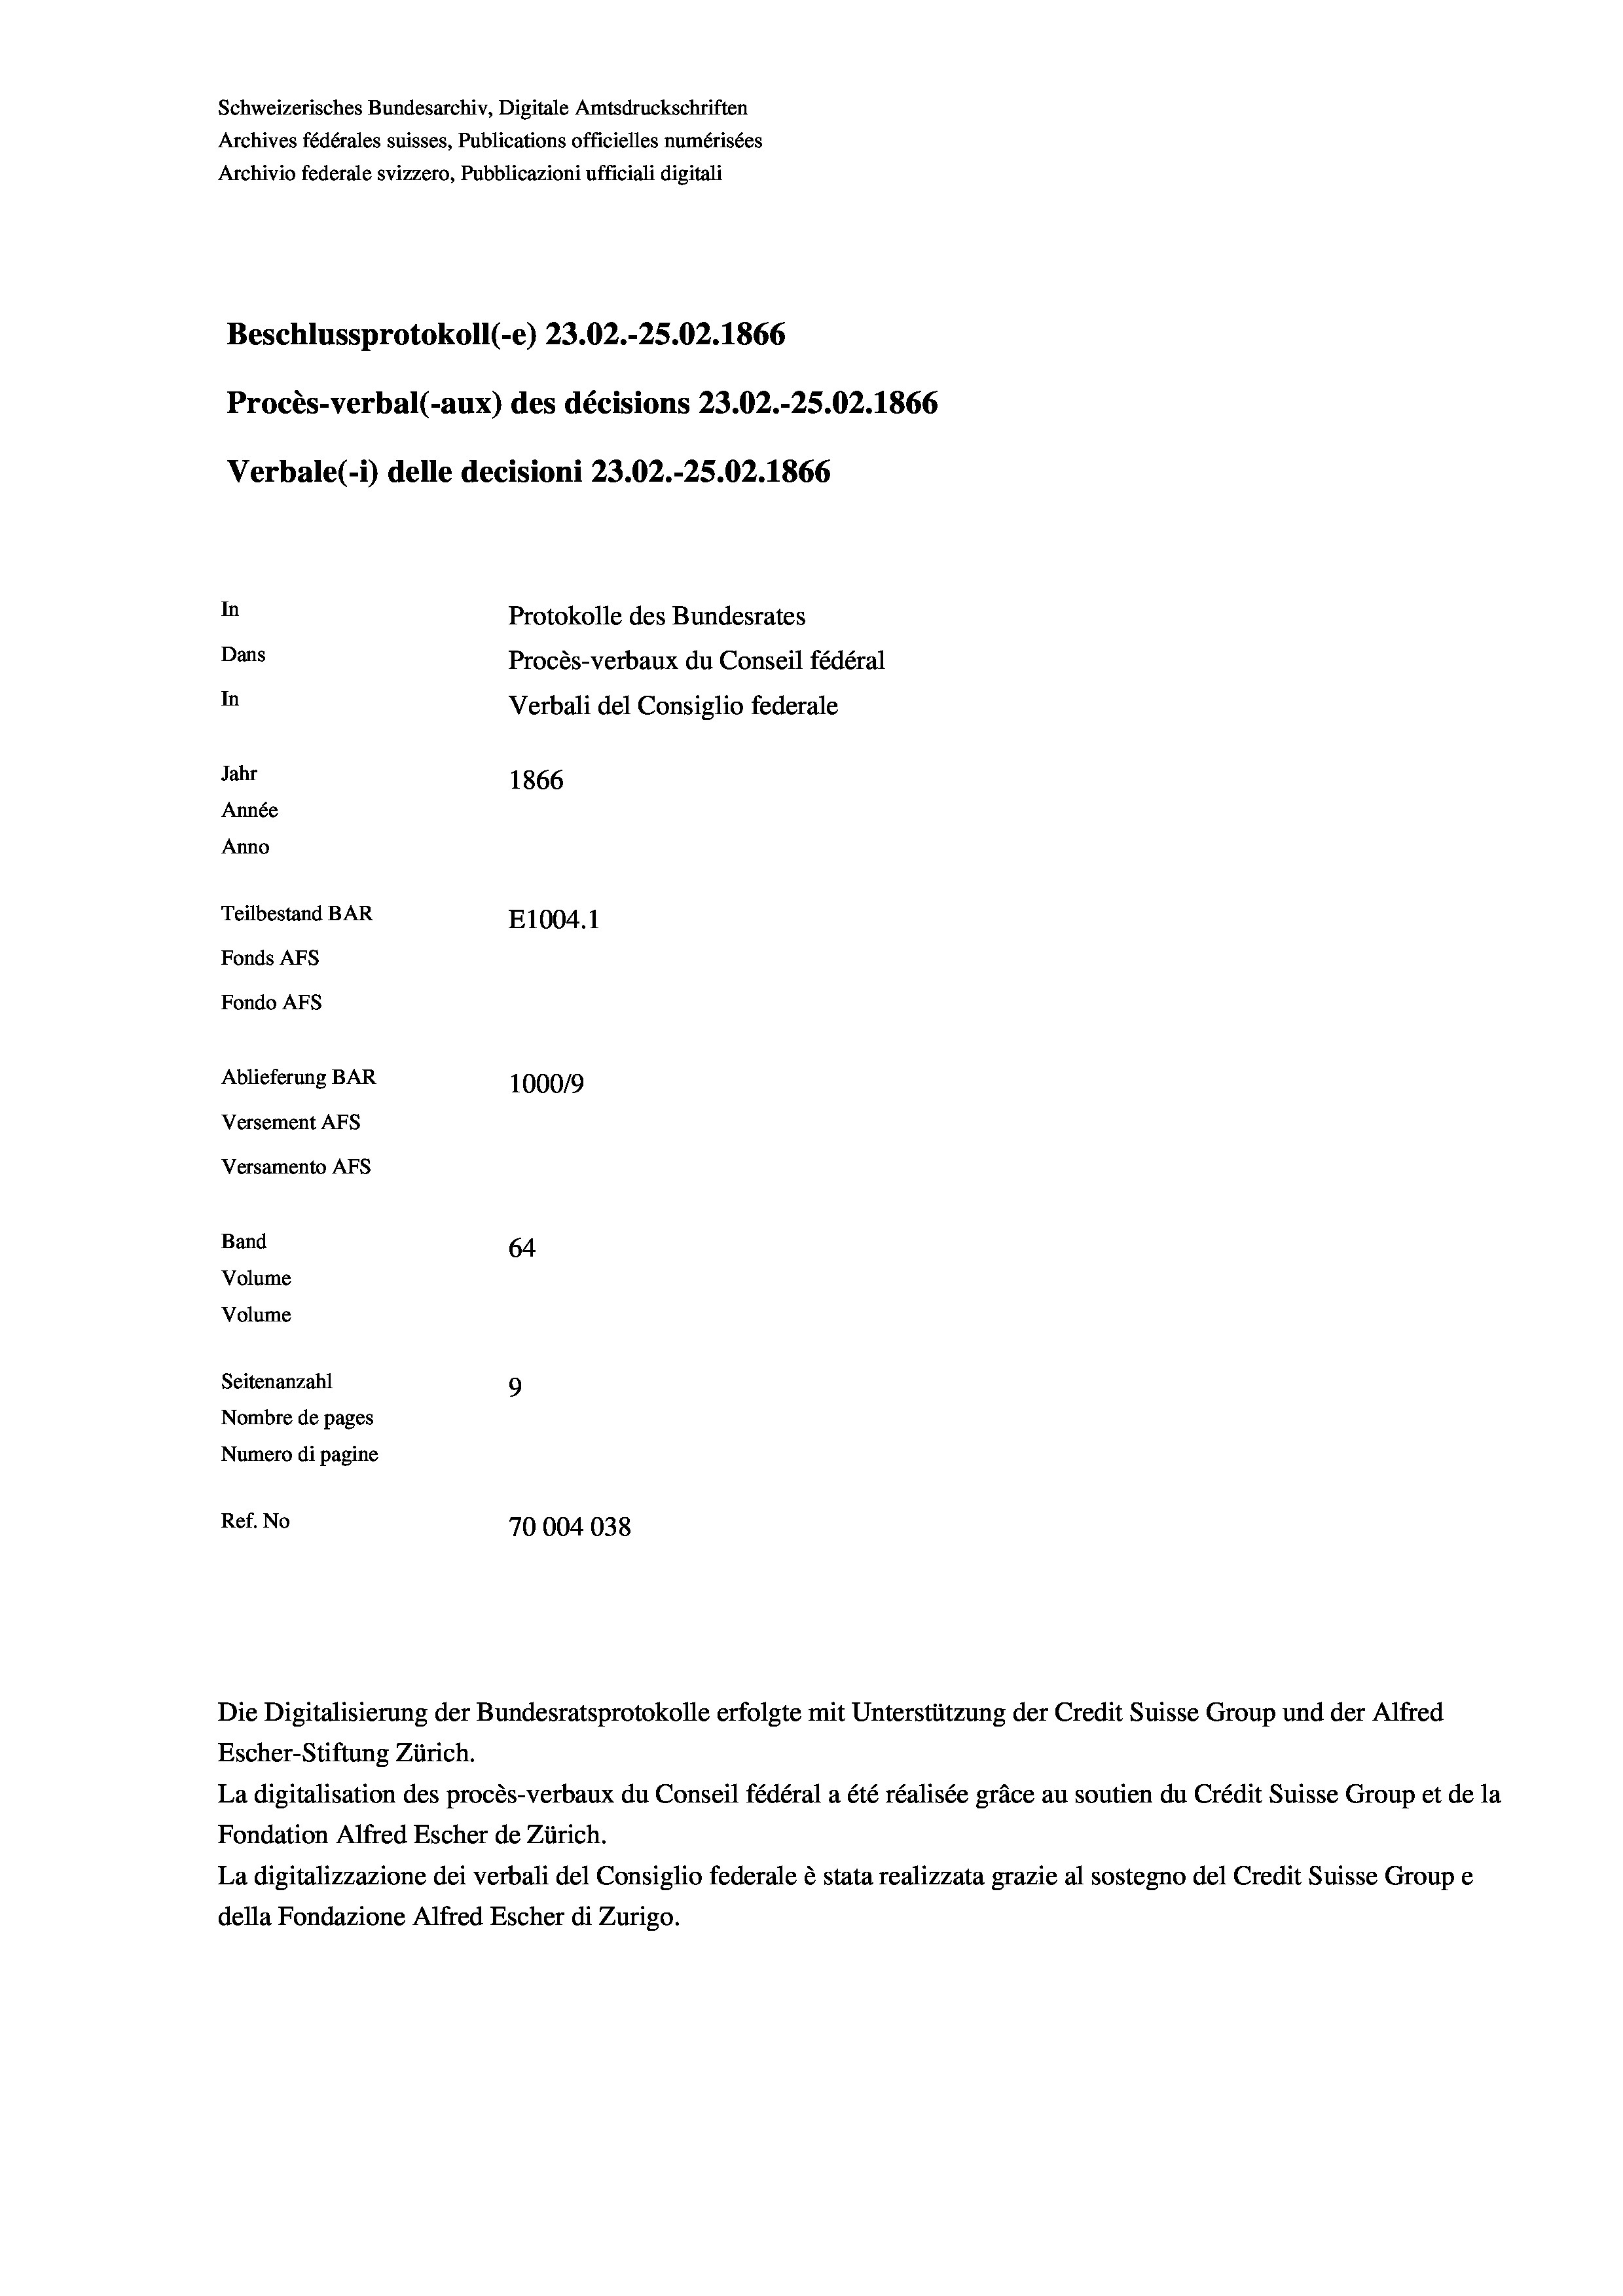
Schweizerisches Bundesarchiv, Digitale Amtsdruckschriften
Archives fédérales suisses, Publications officielles numérisées
Archivio federale svizzero, Pubblicazioni ufficiali digitali
Beschlussprotokoll (-e) 23.02.-25.02. 1866
Procès-verbal (-aux) des décisions 23.02.-25.02. 1866
Verbale(-*) delle decisioni 23.02.-25.02. 1866
In
Protokolle des Bundesrates
Dans
Procès-verbaux du Conseil fédéral
In
Verbali del Consiglio federale
Jahr
1866
Année
Anno
Teilbestand BAR
E1004.1
Fonds AFs
Fondo Afs
Ablieferung BAR
100019
Versement AFs
Versamento AFs
Band
64
Volume
Volume
Seitenanzahl
9
Nombre de pages
Numero di pagine
Ref. No
70004038

Die Digitalisierung der Bundesratsprotokolle erfolgte mit Unterstützung der Credit Suisse Group und der Alfred

Escher-Stiftung Zürich.
La digitalisation des procès-verbaux du Conseil fédéral a été réalisée gräce au soutien du Crédit Suisse Group et de la
Fondation Alfred Escher de Zürich.
La digitalizzazione dei verbali del Consiglio federale è stata realizzata grazie al sostegno del Credit Suisse Groupe
della Fondazione Alfred Escher di Zurigo.